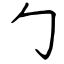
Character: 勹